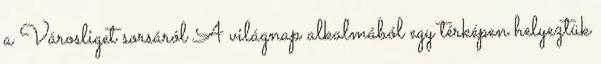
a Városliget sorsáról A világnap alkalmából egy térképen helyeztük